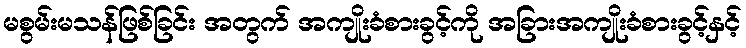
မစွမ်းမသန်ဖြစ်ခြင်း အတွက် အကျိုးခံစားခွင့်ကို အခြားအကျိုးခံစားခွင့်နှင့်